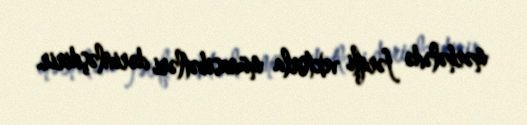
mərhələdə fərqli vektorla münasibətləri dərinləşdirir.